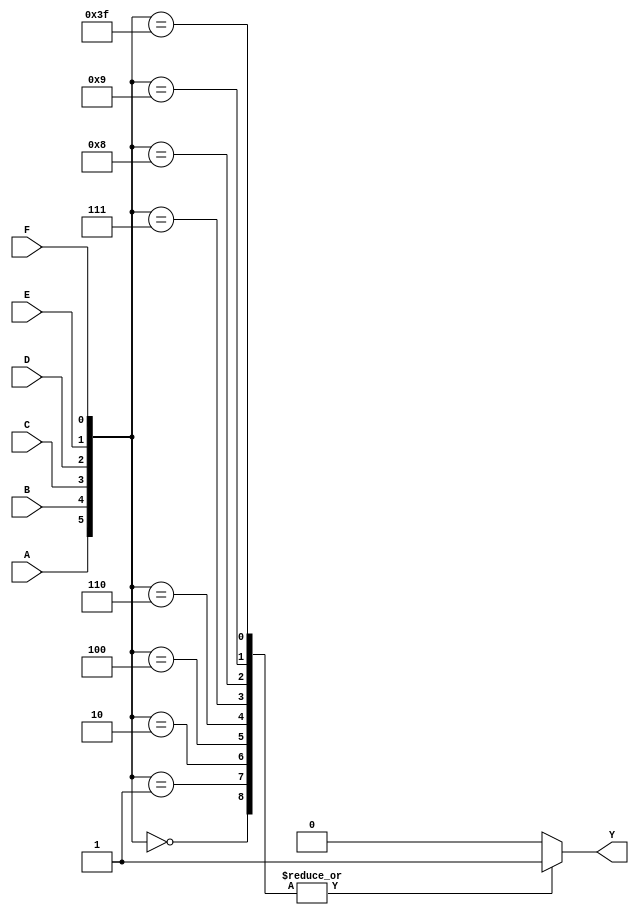
module six_variable_kmap (
    input wire A,
    input wire B,
    input wire C,
    input wire D,
    input wire E,
    input wire F,
    output reg Y
);

// Internal signals to compute the minterm index
wire [5:0] minterm_index;

// Generate minterm index from A, B, C, D, E, and F
assign minterm_index = {A, B, C, D, E, F}; // 6-bit binary representation

always @(*) begin
    // Default output
    Y = 1'b0;

    // K-map minterm to output mapping
    case(minterm_index)
        // Fill in the specific minterms that output true (1)
        6'b000000: Y = 1; // minterm 0
        6'b000001: Y = 1; // minterm 1
        6'b000010: Y = 1; // minterm 2
        6'b000011: Y = 0; // minterm 3
        6'b000100: Y = 1; // minterm 4
        6'b000101: Y = 0; // minterm 5
        6'b000110: Y = 1; // minterm 6
        6'b000111: Y = 1; // minterm 7
        // Continue mapping for each minterm based on K-map simplification
        // Example entries (modify according to your final derived logic):
        6'b001000: Y = 1;  // minterm 8
        6'b001001: Y = 1;  // minterm 9
        6'b111111: Y = 1;  // minterm 63
        // ...
        default: Y = 0; // Default case for unrecognized minterms
    endcase
end

endmodule